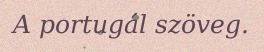
A portugál szöveg.